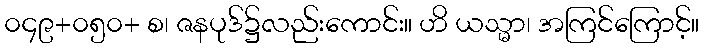
၀၄၉+၀၅၀+ စ၊ ဇနပုဒ်၌လည်းကောင်း။ ဟိ ယသ္မာ၊ အကြင်ကြောင့်။